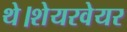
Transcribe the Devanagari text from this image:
थे।शेयरवेयर